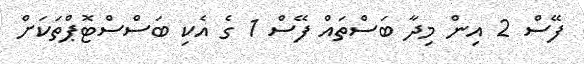
ފޭސް 2 އިން މިދާ ބަސްތައް ފޭސް 1 ގެ އެކި ބަސްސްޓޮޕްތަކަށް